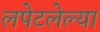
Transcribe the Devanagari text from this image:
लपेटलेल्या